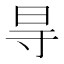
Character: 㝵